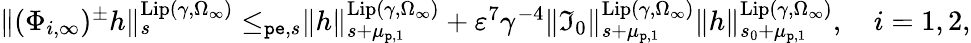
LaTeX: \begin{array}{r}{\rVert(\Phi_{i,\infty})^{\pm}h\rVert_{s}^{\mathrm{Lip}(\gamma,\Omega_{\infty})}\le_{\mathtt{pe},s}\rVert h\rVert_{s+\mu_{\mathtt{p},1}}^{\mathrm{Lip}(\gamma,\Omega_{\infty})}+\varepsilon^{7}\gamma^{-4}\rVert\mathfrak{I}_{0}\rVert_{s+\mu_{\mathtt{p},1}}^{\mathrm{Lip}(\gamma,\Omega_{\infty})}\rVert h\rVert_{s_{0}+\mu_{\mathtt{p},1}}^{\mathrm{Lip}(\gamma,\Omega_{\infty})},\quad i=1,2,}\end{array}